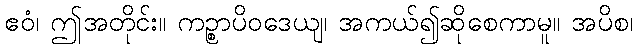
ဧဝံ၊ ဤအတိုင်း။ ကဉ္စာပိဝဒေယျ၊ အကယ်၍ဆိုစေကာမူ။ အပိစ၊